Annual administration report of the Civil Veterinary Department of India - 1899-1900
Year: 1899
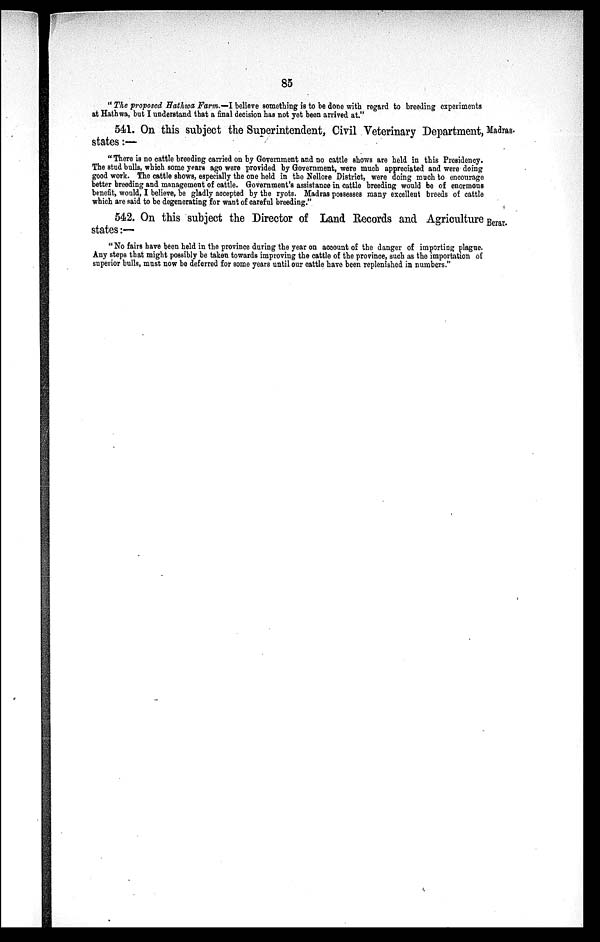
85
"The proposed Hathwa Farm.—I believe something is to be done with regard to breeding experiments
at Hathwa, but I understand that a final decision has not yet been arrived at."
541. On this subject the Superintendent, Civil Veterinary Department, Madras-
states:—
"There is no cattle breeding carried on by Government and no cattle shows are held in this Presidency.
The stud bulls, which some years ago were provided by Government, were much appreciated and were doing
good work. The cattle shows, especially the one held in the Nellore District, were doing much to encourage
better breeding and management of cattle. Government's assistance in cattle breeding would be of enormous
benefit, would, I believe, be gladly accepted by the ryots. Madras possesses many excellent breeds of cattle
which are said to be degenerating for want of careful breeding."
542. On this subject the Director of Land Records and Agriculture Berar.
states:—
"No fairs have been held in the province during the year on account of the danger of importing plague.
Any steps that might possibly be taken towards improving the cattle of the province, such as the importation of
superior bulls, must now be deferred for some years until our cattle have been replenished in numbers."